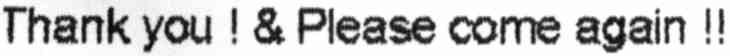
THANK YOU ! & PLEASE COME AGAIN !!